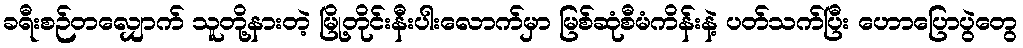
ခရီးစဉ်တလျှောက် သူတို့နားတဲ့ မြို့တိုင်းနီးပါးလောက်မှာ မြစ်ဆုံစီမံကိန်းနဲ့ ပတ်သက်ပြီး ဟောပြောပွဲတွေ